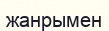
жанрымен